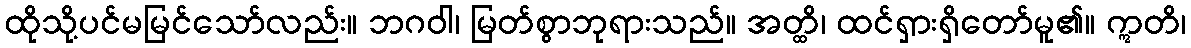
ထိုသို့ပင်မမြင်သော်လည်း။ ဘဂဝါ၊ မြတ်စွာဘုရားသည်။ အတ္ထိ၊ ထင်ရှားရှိတော်မူ၏။ ဣတိ၊